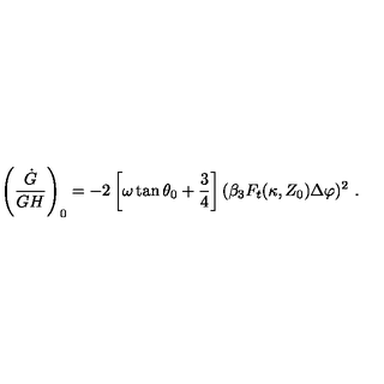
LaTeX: \left( { \frac { \dot { G } } { G H } } \right) _ { 0 } = - 2 \left[ \omega \tan \theta _ { 0 } + { \frac { 3 } { 4 } } \right] ( \beta _ { 3 } F _ { t } ( \kappa , Z _ { 0 } ) \Delta \varphi ) ^ { 2 } \ .